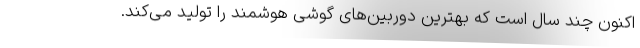
اکنون چند سال است که بهترین دوربین‌های گوشی هوشمند را تولید می‌کند.